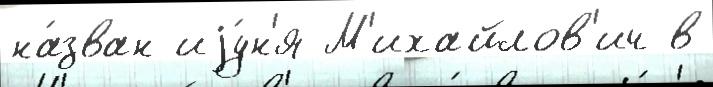
на́зван иjу́н'я М'ихайлов'ич в